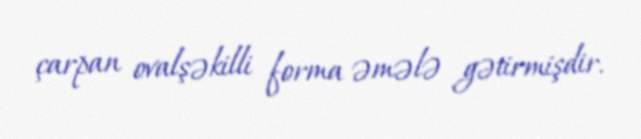
çarpan ovalşəkilli forma əmələ gətirmişdir.